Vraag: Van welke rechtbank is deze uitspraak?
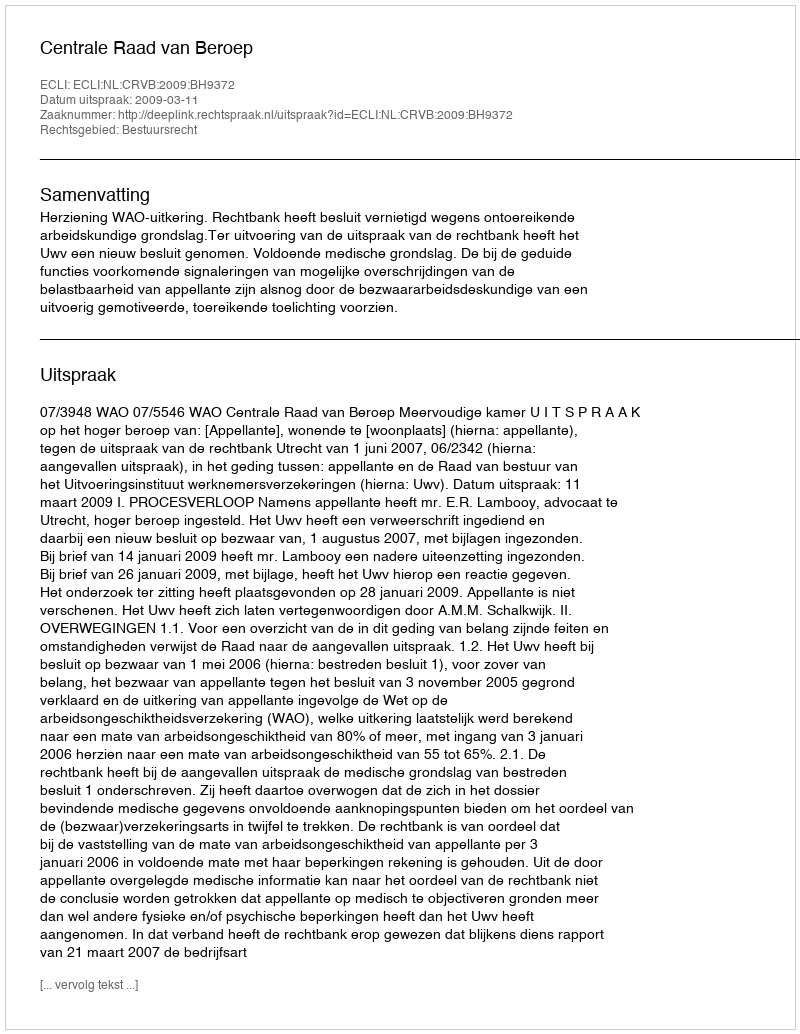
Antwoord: Centrale Raad van Beroep